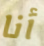
أنا